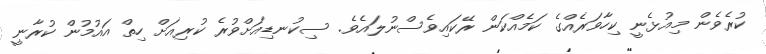
ކުރެވެން މިއުޅެނީ ކިހާވަރެއްގެ ކަމެއްކަން ރޭކައިވެސްނުލައެވެ. ސިކުނޑިއަށްވުރެ ކުރިއަށް ހިތް އައުމުން ކުރާނީ